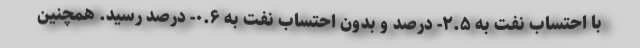
با احتساب نفت به ٢.۵- درصد و بدون احتساب نفت به ٠.۶- درصد رسید. همچنین